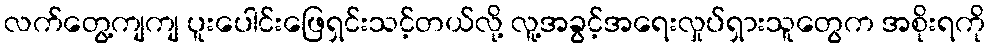
လက်တွေ့ကျကျ ပူးပေါင်းဖြေရှင်းသင့်တယ်လို့ လူ့အခွင့်အရေးလှုပ်ရှားသူတွေက အစိုးရကို